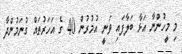
މި މީހުންނާ އަޅާ ބަލާފައި ވަނީ އުމުރުން 40 ގެ އަހަރުތައް ގުނަމުންދާ